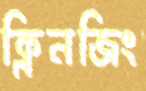
ক্লিনজিং